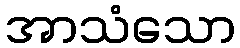
အာသံသော